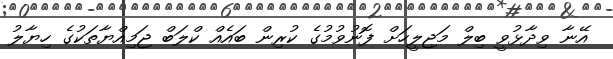
އޭނާ ވިދާޅުވީ ބިލް މަޖިލީހަށް ފޮނުވުމުގެ ކުރިން ބައެއް ކްލަބް ޖަމިއްޔާތަކުގެ ހިޔާލު